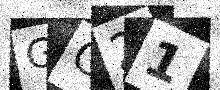
Text: GC21